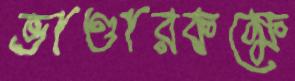
ভাণ্ডারকক্ষে